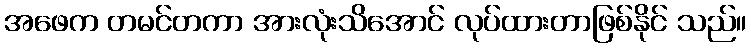
အဖေက တမင်တကာ အားလုံးသိအောင် လုပ်ထားတာဖြစ်နိုင် သည်။